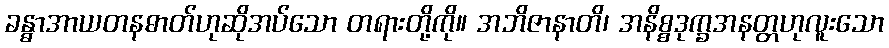
ခန္ဓာအာယတနဓာတ်ဟုဆိုအပ်သော တရားတို့ကို။ အဘိဇာနာတိ၊ အနိစ္စဒုက္ခအနတ္တဟုလူးသော